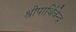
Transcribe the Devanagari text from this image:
श्रीपार्थिवेन्द्र